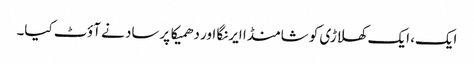
ایک، ایک کھلاڑی کو شامنڈا ایرنگا اور دھمیکا پرساد نے آؤٹ کیا۔